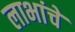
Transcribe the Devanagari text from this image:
लाभांचे